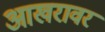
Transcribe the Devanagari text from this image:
आखरावर